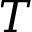
T